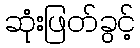
ဆုံးဖြတ်ခွင့်